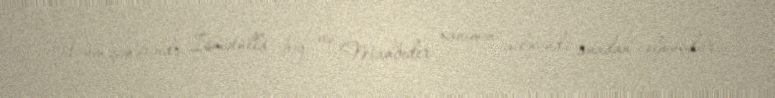
Üzüm şəhərində İsmətulla bəy və Mahbeder xanımın ailəsində anadan olmuşdur.